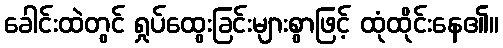
ခေါင်းထဲတွင် ရှုပ်ထွေးခြင်းများစွာဖြင့် ထုံထိုင်းနေ၏။